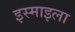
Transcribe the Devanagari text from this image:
इस्माइला